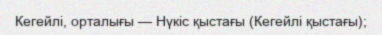
Кегейлі, орталығы — Нүкіс қыстағы (Кегейлі қыстағы);